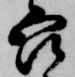
吾